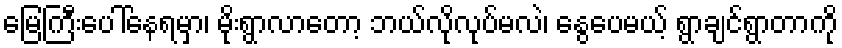
မြေကြီးပေါ်နေရမှာ၊ မိုးရွာလာတော့ ဘယ်လိုလုပ်မလဲ၊ နွေပေမယ့် ရွာချင်ရွာတာကို